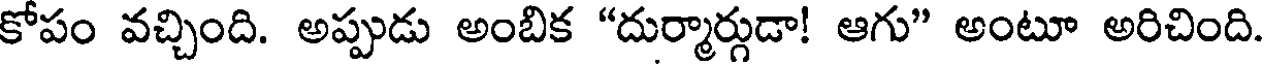
కోపం వచ్చింది. అప్పుడు అంబిక "దుర్మార్గుడా! ఆగు" అంటూ అరిచింది